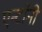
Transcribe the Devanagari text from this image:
एन्टॉनी